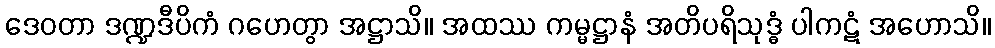
ဒေဝတာ ဒဏ္ဍဒီပိကံ ဂဟေတွာ အဋ္ဌာသိ။ အထဿ ကမ္မဋ္ဌာနံ အတိပရိသုဒ္ဓံ ပါကဋံ အဟောသိ။